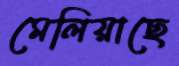
মেলিয়াছে